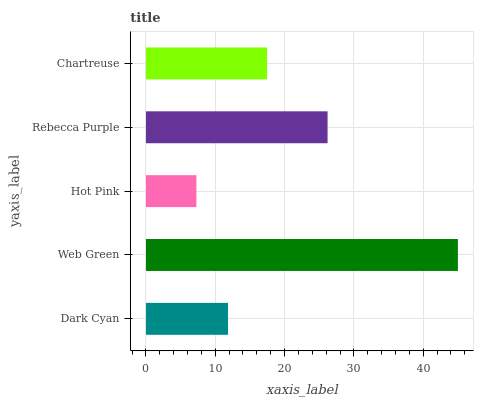
| yaxis_label | bars |
 | --- | --- |
 | Dark Cyan | 11.8 |
 | Web Green | 45 |
 | Hot Pink | 7.27 |
 | Rebecca Purple | 26.2 |
 | Chartreuse | 17.5 |